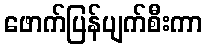
ဖောက်ပြန်ပျက်စီးကာ